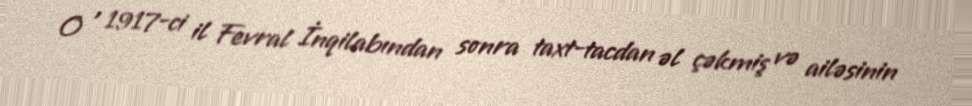
O , 1917-ci il Fevral İnqilabından sonra taxt-tacdan əl çəkmiş və ailəsinin